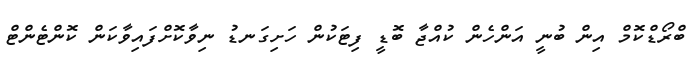
ބްރޯޑްކޮމް އިން ބުނީ އަންހެން ކުއްޖާ ބޮޑީ ފިޓަކުން ހަށިގަނޑު ނިވާކޮށްފައިވާކަން ކޮންޓެންޓް